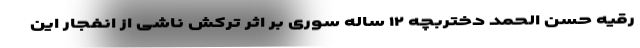
رقیه حسن الحمد دختربچه ۱۲ ساله سوری بر اثر ترکش ناشی از انفجار این